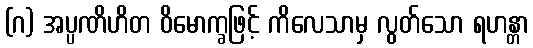
(ဂ) အပ္ပဏိဟိတ ဝိမောက္ခဖြင့် ကိလေသာမှ လွတ်သော ရဟန္တာ